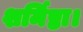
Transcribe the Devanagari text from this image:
शर्मिष्ठा।